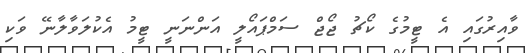
ވާއިރުގައި އެ ޓީމުގެ ކޯޗު ޖޯޖް ސަމްޕައޯލީ އަންނަނީ ޓީމު އެކުލަވާލާނޭ ވަކި